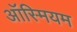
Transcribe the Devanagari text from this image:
ऑस्मियम